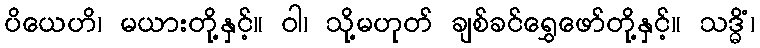
ပိယေဟိ၊ မယားတို့နှင့်။ ဝါ၊ သို့မဟုတ် ချစ်ခင်ရွှေဖော်တို့နှင့်။ သဒ္ဓိံ၊